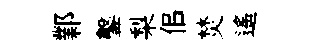
鄴鑿梨佀焚遙